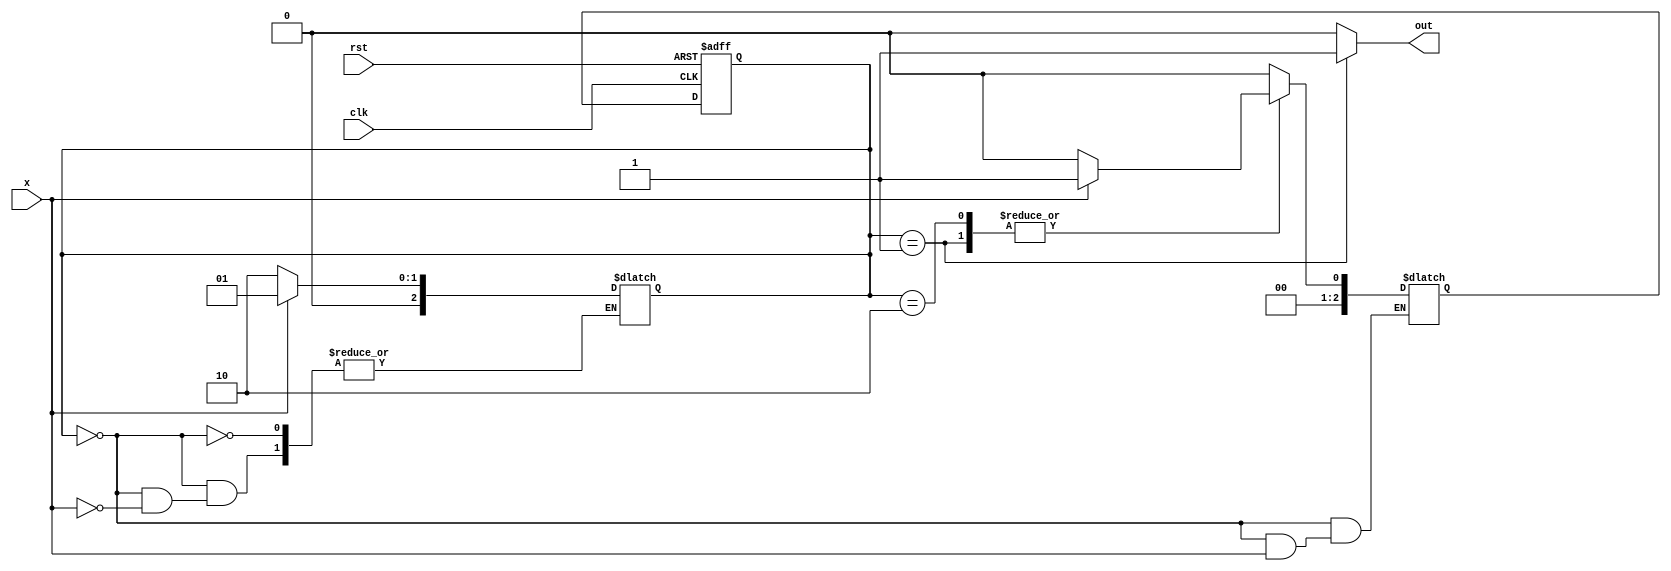
//20L152-SUMITHA R A
module mealy_model_four(x,clk,rst,out);
input clk,rst,x;
output reg out;
parameter s0=2'b00,s1=2'b01,s2=2'b10,s3=2'b10;
reg[2:0]pre,nex;
always @(posedge clk,posedge rst)
begin
if(rst)
pre=2'b00;
else
pre=nex;
end
always @(pre,x)
begin
case(pre)
s0:begin
if(x==2'b00)
nex=s0;
else if(x==2'b01)
pre=s1;
else if(x==2'b10)
pre=s2;
else
pre=s3;
end
s1:begin
if(x==2'b00)
nex=s0;
else if(x==2'b01)
nex=s1;
else if(x==2'b10)
nex=s2;
else
nex=s3;
end
s2:begin
if(x==2'b00)
nex=s0;
else if(x==2'b01)
nex=s1;
else if(x==2'b10)
nex=s2;
else
nex=s3;
end
s3:begin
if(x==2'b00)
nex=s2;
else if(x==2'b01)
nex=s1;
else if(x==2'b10)
nex=s0;
else
nex=s3;
out=1'b1;
end
default:nex=s0;
endcase
end
always @(pre)
begin 
 case(pre) 
 s0:  out = 0;
 s1:  out = 1;
 s2:  out = 0;
 s3: out = 0;
 default:  out = 0;
 endcase
end 
endmodule